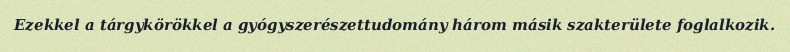
Ezekkel a tárgykörökkel a gyógyszerészettudomány három másik szakterülete foglalkozik.